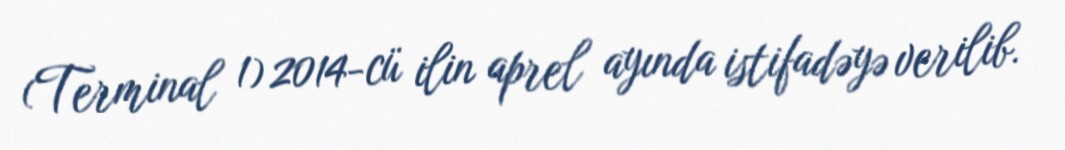
(Terminal 1) 2014-cü ilin aprel ayında istifadəyə verilib.